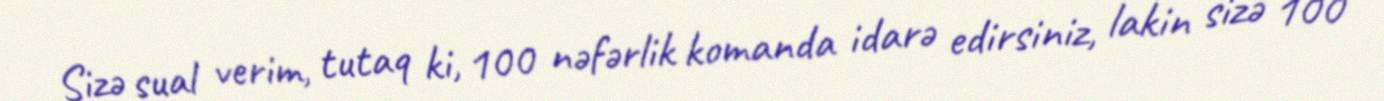
Sizə sual verim, tutaq ki, 100 nəfərlik komanda idarə edirsiniz, lakin sizə 100